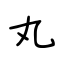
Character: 丸